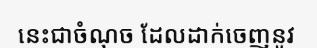
នេះជាចំណុច ដែលដាក់ចេញនូវ